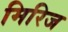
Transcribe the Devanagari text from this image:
मिरिज